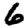
Digit: 6